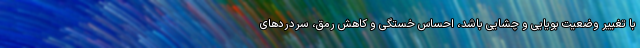
با تغییر وضعیت بویایی و چشایی باشد، احساس خستگی و کاهش رمق، سردردهای